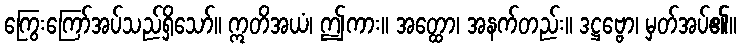
ကြွေးကြော်အပ်သည်ရှိသော်။ ဣတိအယံ၊ ဤကား။ အတ္ထော၊ အနက်တည်း။ ဒဋ္ဌဗ္ဗော၊ မှတ်အပ်၏။